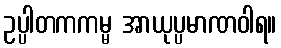
ဥပ္ပါတကကမ္မ အာယုပ္ပမာဏဝါရ။